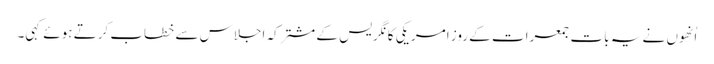
اُنھوں نے یہ بات جمعرات کے روز امریکی کانگریس کے مشترکہ اجلاس سے خطاب کرتے ہوئے کہی۔